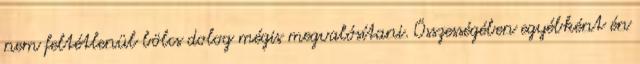
nem feltétlenül bölcs dolog mégis megvalósítani. Összességében egyébként én